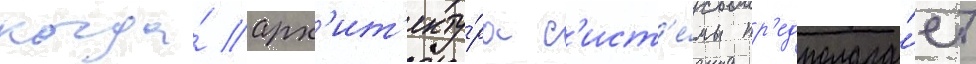
когда́ арх'ит'екту́ра с'ист'е́мы пр'едполага́ет